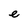
Character: e